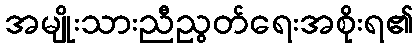
အမျိုးသားညီညွတ်ရေးအစိုးရ၏